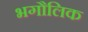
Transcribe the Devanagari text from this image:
भगौलिक